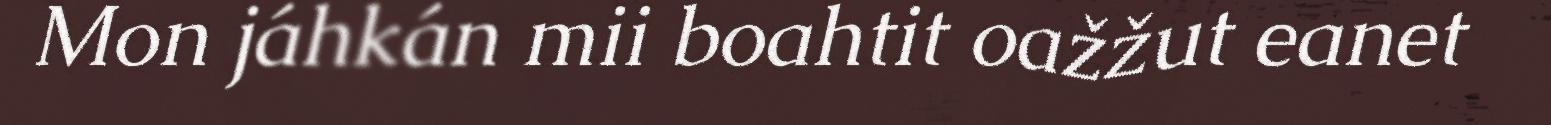
Mon jáhkán mii boahtit oažžut eanet